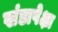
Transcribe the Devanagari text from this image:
खंडापेक्षा